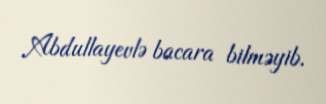
Abdullayevlə bacara bilməyib.